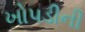
ખોપડીની